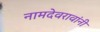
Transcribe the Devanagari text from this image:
नामदेवरावांनी